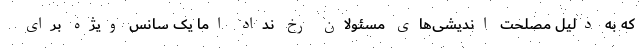
که به دلیل مصلحت اندیشی‌های مسئولان رخ نداد اما یک سانس ویژه برای